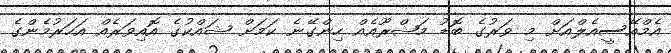
އެމްއޭސީއެލްއަށް މި ވަރުގެ ބޮޑު މަޝްރޫއެއް ހިންގޭނެ ކަމަށް ޝައްކުގެ އޮއިވަރެއް އަހަރުމެންގެ